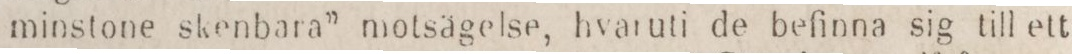
minstone skenbara” motsägelse, hvaruti de befinna sig till ett